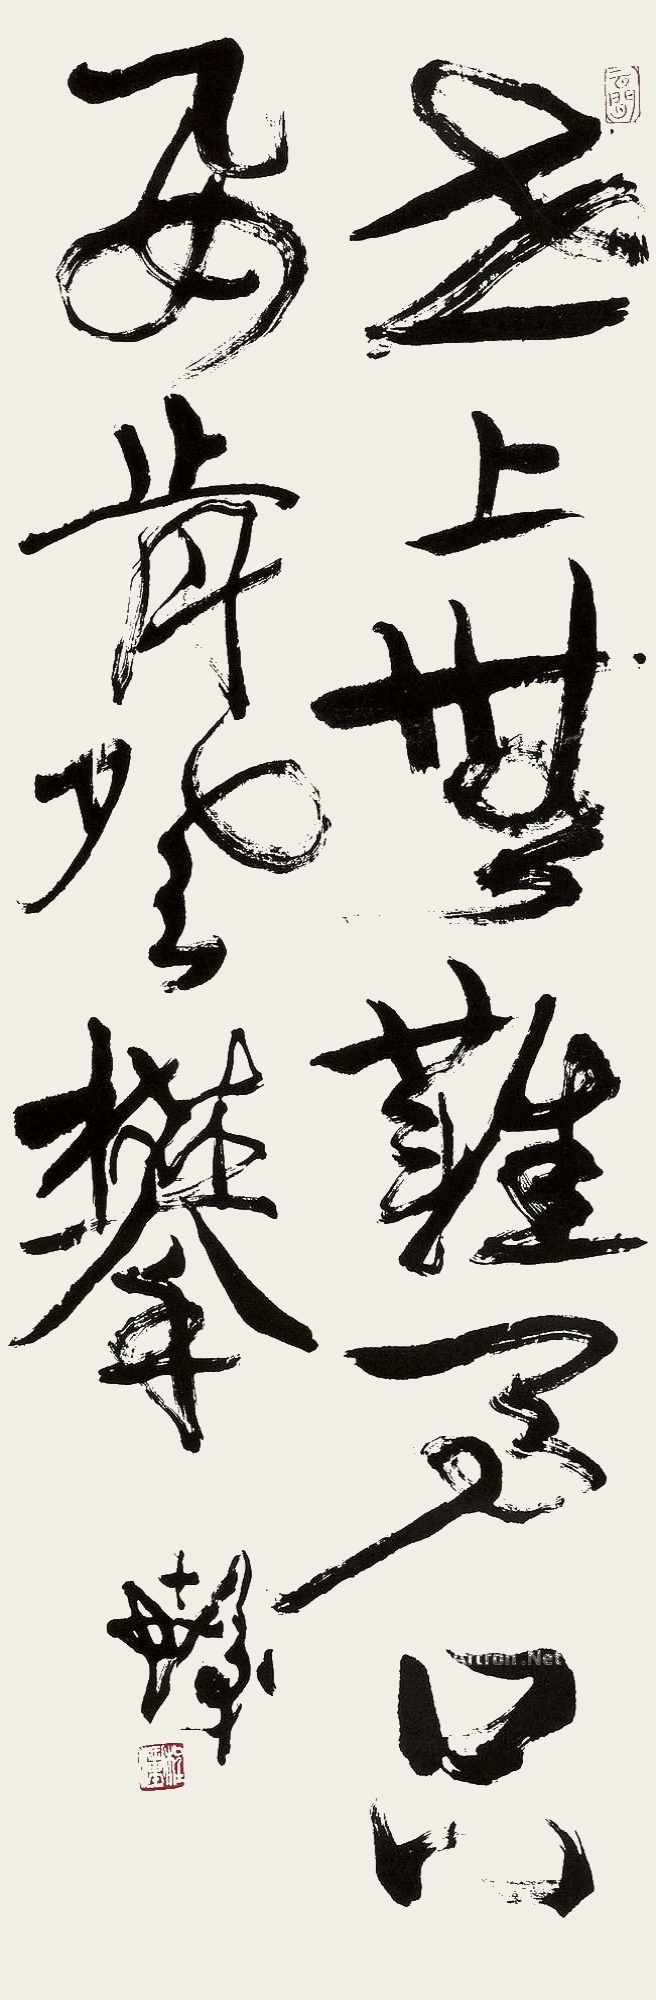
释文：世上无难事，只要肯登攀。十发。